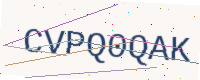
Text: CVPQ0QAK